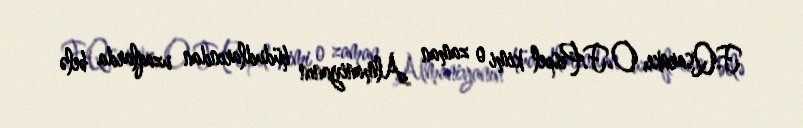
F.Qsarnke, O.F.Pespel kimi o zaman Almaniyanın hüdudlarından uzaqlarda belə